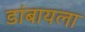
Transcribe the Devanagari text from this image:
डांबायला